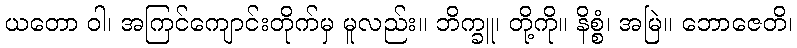
ယတော ဝါ၊ အကြင်ကျောင်းတိုက်မှ မူလည်း။ ဘိက္ခူ၊ တို့ကို။ နိစ္စံ၊ အမြဲ။ ဘောဇေတိ၊